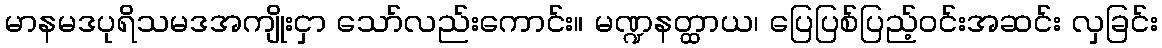
မာနမဒပုရိသမဒအကျိုးငှာ သော်လည်းကောင်း။ မဏ္ဍနတ္ထာယ၊ ပြေပြစ်ပြည့်ဝင်းအဆင်း လှခြင်း